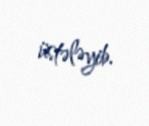
üstələyib.